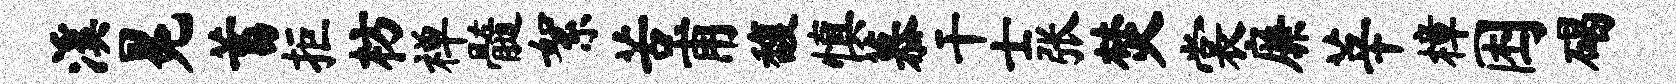
溪冕蓄拒枋禅髓絮苦甫馥慎慕干士张焚裳廉莘樟困碣